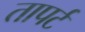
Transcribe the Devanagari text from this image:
तापर्ट